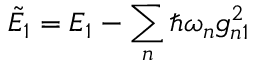
\tilde { E } _ { 1 } = E _ { 1 } - \sum _ { n } \hbar \omega _ { n } g _ { n 1 } ^ { 2 }